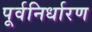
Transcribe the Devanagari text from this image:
पूर्वनिर्धारण